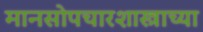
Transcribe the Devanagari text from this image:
मानसोपचारशास्त्राच्या